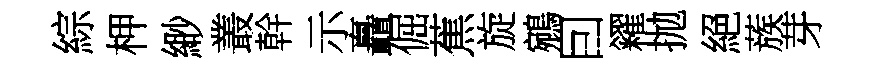
綜柙緲叢幹示矗倔蕉旋鵷囙糴拋絕蔟芽